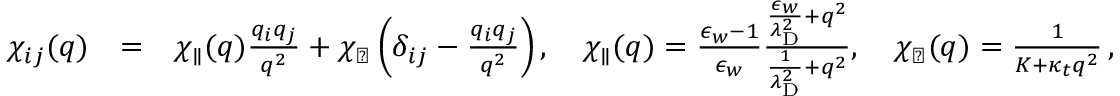
\begin{array} { r l r } { \chi _ { i j } ( q ) } & { = } & { \chi _ { \parallel } ( q ) \frac { q _ { i } q _ { j } } { q ^ { 2 } } + \chi _ { \perp } \left( \delta _ { i j } - \frac { q _ { i } q _ { j } } { q ^ { 2 } } \right) , \quad \chi _ { \parallel } ( q ) = \frac { \epsilon _ { w } - 1 } { \epsilon _ { w } } \frac { \frac { \epsilon _ { w } } { \lambda _ { \mathrm { D } } ^ { 2 } } + q ^ { 2 } } { \frac { 1 } { \lambda _ { \mathrm { D } } ^ { 2 } } + q ^ { 2 } } , \quad \chi _ { \perp } ( q ) = \frac { 1 } { K + \kappa _ { t } q ^ { 2 } } \, , } \end{array}